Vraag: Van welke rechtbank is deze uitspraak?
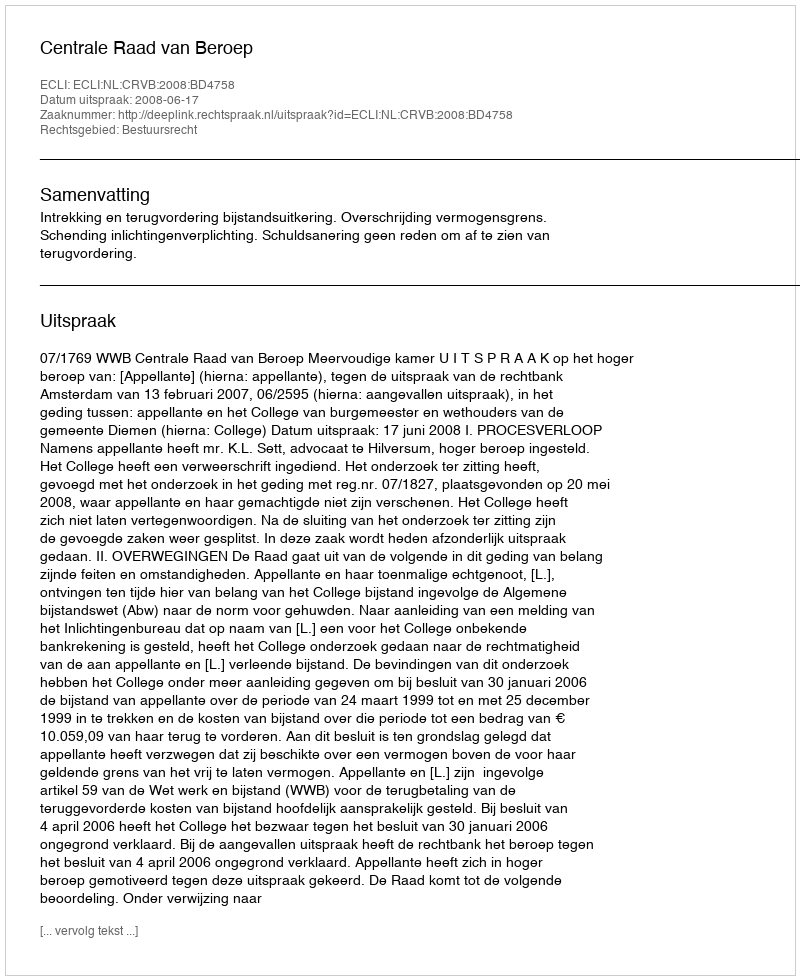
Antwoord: Centrale Raad van Beroep